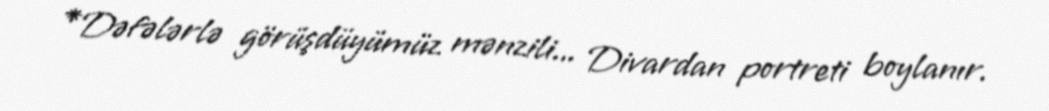
*Dəfələrlə görüşdüyümüz mənzili... Divardan portreti boylanır.